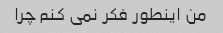
من اینطور فکر نمی کنم چرا